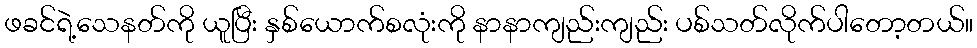
ဖခင်ရဲ့သေနတ်ကို ယူပြီး နှစ်ယောက်စလုံးကို နာနာကျည်းကျည်း ပစ်သတ်လိုက်ပါတော့တယ်။